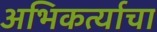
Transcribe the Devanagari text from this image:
अभिकर्त्याचा